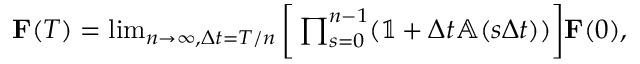
\begin{array} { r } { \mathbf { F } ( T ) = \operatorname* { l i m } _ { n \rightarrow \infty , \Delta t = T / n } \bigg [ \prod _ { s = 0 } ^ { n - 1 } ( \mathbb { 1 } + \Delta t \mathbb { A } ( s \Delta t ) ) \bigg ] \mathbf { F } ( 0 ) , } \end{array}